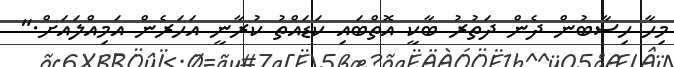
މިހާ ހިސާބުން ދެން ދަތުރު ބާކީ އޮތްބައި ކަޑައްތު ކުރާނީ އަހަރެން އަމިއްލައަށް."